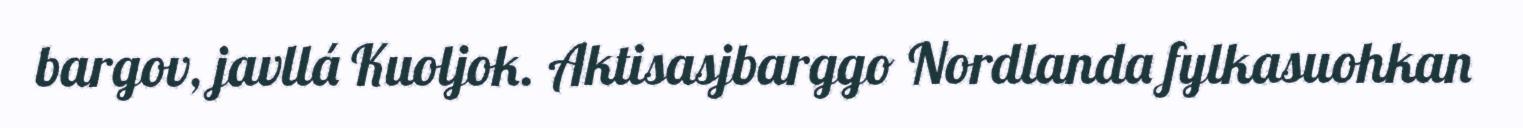
bargov, javllá Kuoljok. Aktisasjbarggo Nordlanda fylkasuohkan